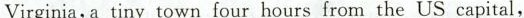
Virginia,a tiny town four hours from the US capital,